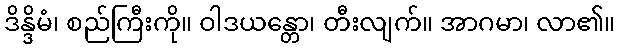
ဒိန္ဒိမံ၊ စည်ကြီးကို။ ဝါဒယန္တော၊ တီးလျက်။ အာဂမာ၊ လာ၏။